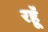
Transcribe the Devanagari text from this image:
रहॅू